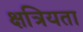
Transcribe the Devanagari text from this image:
क्षत्रियता